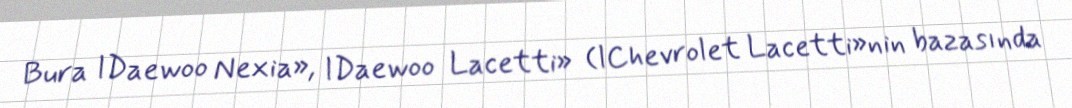
Bura lDaewoo Nexia», lDaewoo Lacetti» (lChevrolet Lacetti»nin bazasında